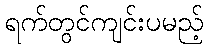
ရက်တွင်ကျင်းပမည့်